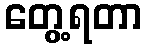
တွေ့ရတာ